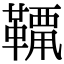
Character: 𩌶